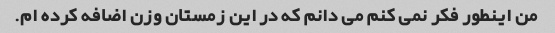
من اینطور فکر نمی کنم می دانم که در این زمستان وزن اضافه کرده ام.